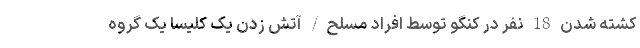
کشته شدن 18 نفر در کنگو توسط افراد مسلح/ آتش زدن یک کلیسا یک گروه